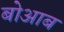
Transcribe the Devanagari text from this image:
बोआब